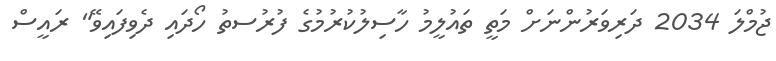
ޖުމްލަ 2034 ދަރިވަރުންނަށް މަތީ ތައުލީމު ހާސިލުކުރުމުގެ ފުރުސތު ހޯދައި ދެވިފައިވޭ" ރައީސް